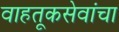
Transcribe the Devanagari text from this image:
वाहतूकसेवांचा